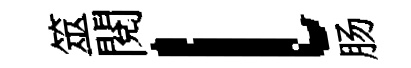
筮閱l肠